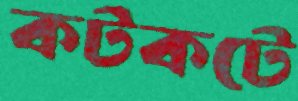
কটকটে